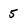
Character: 5